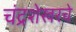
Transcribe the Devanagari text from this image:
चंद्रशेखरचे